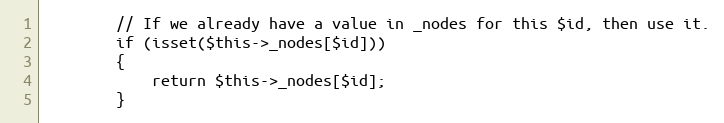
Language: PHP
		// If we already have a value in _nodes for this $id, then use it.
		if (isset($this->_nodes[$id]))
		{
			return $this->_nodes[$id];
		}